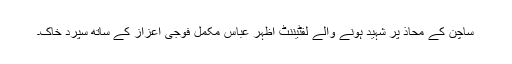
ساچن کے محاذ پر شہید ہونے والے لفٹیننٹ اظہر عباس مکمل فوجی اعزاز کے ساتھ سُپرد خاک۔